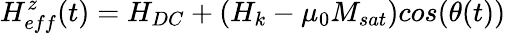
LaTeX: H_{eff}^{z}(t)=H_{DC}+(H_{k}-\mu_{0}M_{sat})cos(\theta(t))